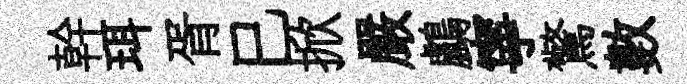
幹珥胥巳掀嚴鸕寧驚數